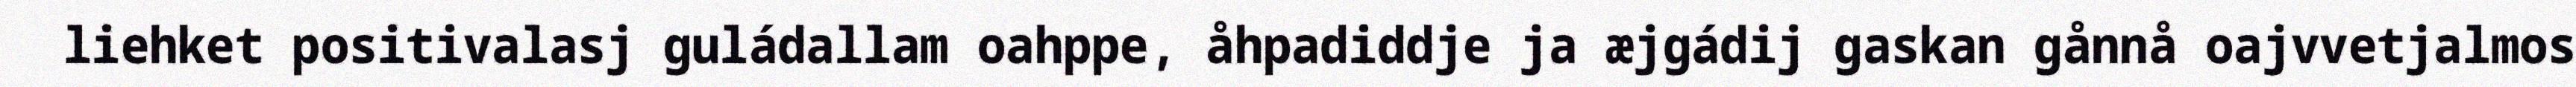
liehket positivalasj guládallam oahppe, åhpadiddje ja æjgádij gaskan gånnå oajvvetjalmos